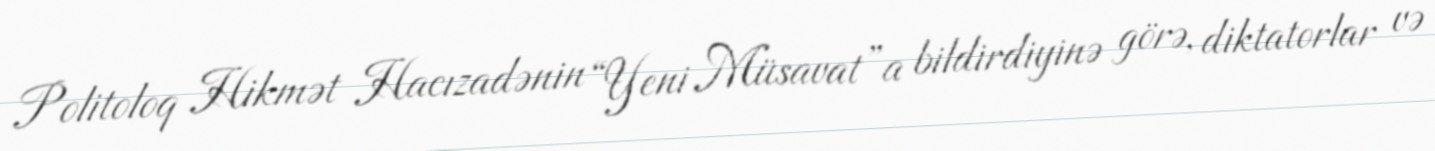
Politoloq Hikmət Hacızadənin “Yeni Müsavat”a bildirdiyinə görə, diktatorlar və